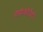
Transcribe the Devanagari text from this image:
हेमीकॉर्डेटा